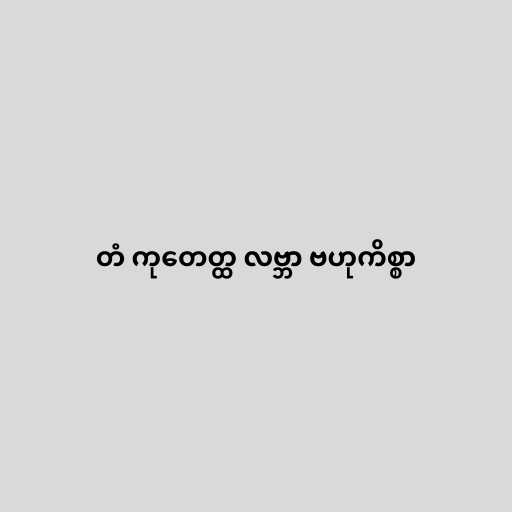
တံ ကုတေတ္ထ လဗ္ဘာ ဗဟုကိစ္စာ